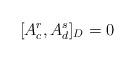
LaTeX: \begin{align*}[A_{c}^{r}, A_{d}^{s}]_{D} = 0\end{align*}